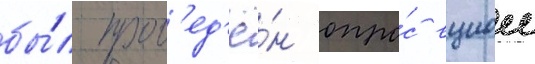
бы́л пров'ед'ё́н опро́с вциом